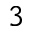
^ { 3 }